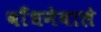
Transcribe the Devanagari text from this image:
बाँधनेवाले